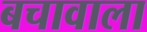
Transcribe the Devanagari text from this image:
बचावाला